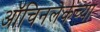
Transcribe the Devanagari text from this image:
ऑचिनलेकच्या